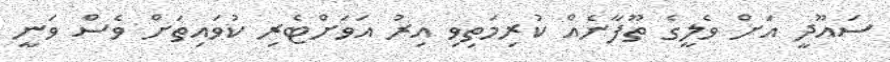
ސައޫދީ އަށް ވެލީގެ ތޫފާނެއް ކުރިމަތިވި އިރު އަވަށްޓެރި ކުވައިތަށް ވެސް ވަނީ